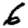
Digit: 6